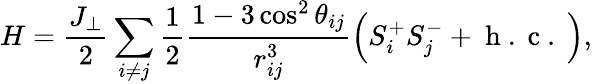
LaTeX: H=\frac{J_{\perp}}{2}\sum_{i\neq j}^{}\frac{1}{2}\frac{1-3\cos^{2}\theta_{ij}}{r_{ij}^{3}}\left(S_{i}^{+}S_{j}^{-}+\mathrm{~h~.~c~.~}\right),